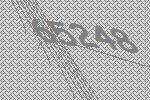
65248